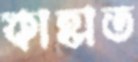
কাহাত